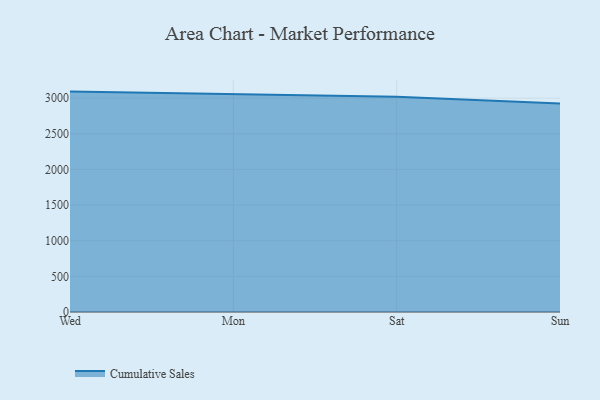
{"axis": {"x": "Day", "y": "Operating Costs (USD K)"}, "legend": ["Cumulative Sales"], "data": [{"x": "Wed", "y": 3092.0, "type": "Cumulative Sales"}, {"x": "Mon", "y": 3056.5, "type": "Cumulative Sales"}, {"x": "Sat", "y": 3021.0, "type": "Cumulative Sales"}, {"x": "Sun", "y": 2926.2, "type": "Cumulative Sales"}]}